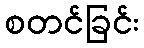
စတင်ခြင်း